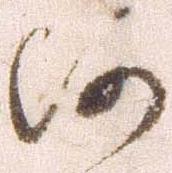
河